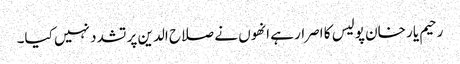
رحیم یار خان پولیس کا اصرار ہے انھوں نے صلاح الدین پر تشدد نہیں کیا۔